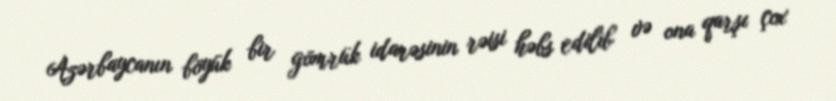
Azərbaycanın böyük bir gömrük idarəsinin rəisi həbs edilib və ona qarşı çox